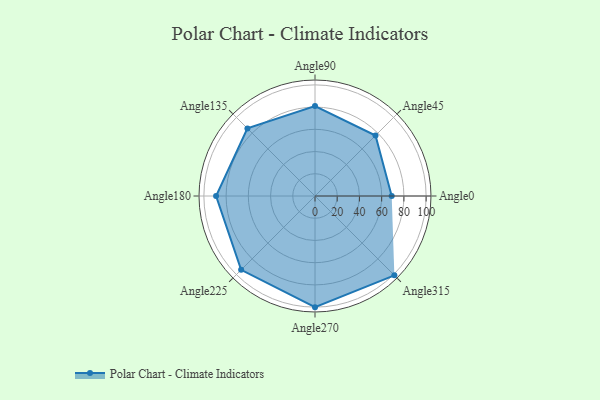
{"axis": {"x": "Angle", "y": "Radius"}, "legend": [""], "data": [{"x": "Angle0", "y": 69.0, "type": ""}, {"x": "Angle45", "y": 77.0, "type": ""}, {"x": "Angle90", "y": 81.0, "type": ""}, {"x": "Angle135", "y": 86.0, "type": ""}, {"x": "Angle180", "y": 89.0, "type": ""}, {"x": "Angle225", "y": 94.0, "type": ""}, {"x": "Angle270", "y": 100.0, "type": ""}, {"x": "Angle315", "y": 101.0, "type": ""}]}